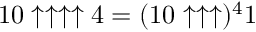
1 0 \uparrow \uparrow \uparrow \uparrow 4 = ( 1 0 \uparrow \uparrow \uparrow ) ^ { 4 } 1